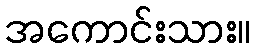
အကောင်းသား။